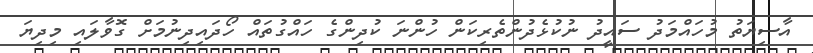
އާސިޔަތު މުހައްމަދު ސައީދު ނުކުޅެދުންތެރިކަން ހުންނަ ކުދިންގެ ހައްގުތައް ހޯދައިދިނުމަށް ގޮވާލައި މިދިޔަ